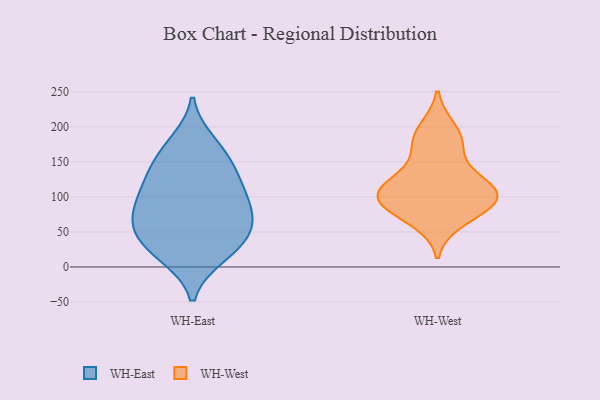
{"axis": {"x": "Tickets Resolved", "y": "Value"}, "legend": ["WH-East", "WH-West"], "data": [{"x": "", "y": 18, "type": "WH-East"}, {"x": "", "y": 133, "type": "WH-East"}, {"x": "", "y": 63, "type": "WH-East"}, {"x": "", "y": 87, "type": "WH-East"}, {"x": "", "y": 165, "type": "WH-East"}, {"x": "", "y": 63, "type": "WH-East"}, {"x": "", "y": 146, "type": "WH-East"}, {"x": "", "y": 178, "type": "WH-East"}, {"x": "", "y": 43, "type": "WH-East"}, {"x": "", "y": 63, "type": "WH-East"}, {"x": "", "y": 16, "type": "WH-East"}, {"x": "", "y": 92, "type": "WH-East"}, {"x": "", "y": 108, "type": "WH-East"}, {"x": "", "y": 116, "type": "WH-East"}, {"x": "", "y": 35, "type": "WH-East"}, {"x": "", "y": 171, "type": "WH-West"}, {"x": "", "y": 111, "type": "WH-West"}, {"x": "", "y": 131, "type": "WH-West"}, {"x": "", "y": 86, "type": "WH-West"}, {"x": "", "y": 104, "type": "WH-West"}, {"x": "", "y": 86, "type": "WH-West"}, {"x": "", "y": 197, "type": "WH-West"}, {"x": "", "y": 108, "type": "WH-West"}, {"x": "", "y": 181, "type": "WH-West"}, {"x": "", "y": 66, "type": "WH-West"}, {"x": "", "y": 93, "type": "WH-West"}, {"x": "", "y": 115, "type": "WH-West"}]}